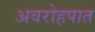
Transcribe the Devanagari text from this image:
अवरोहपात